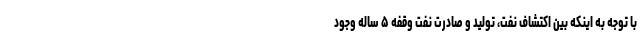
با توجه به اینکه بین اکتشاف نفت، تولید و صادرت نفت وقفه ۵ ساله وجود